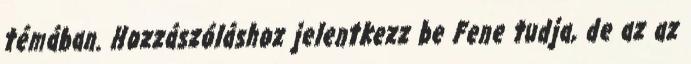
témában. Hozzászóláshoz jelentkezz be Fene tudja, de az az